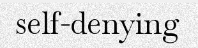
self-denying